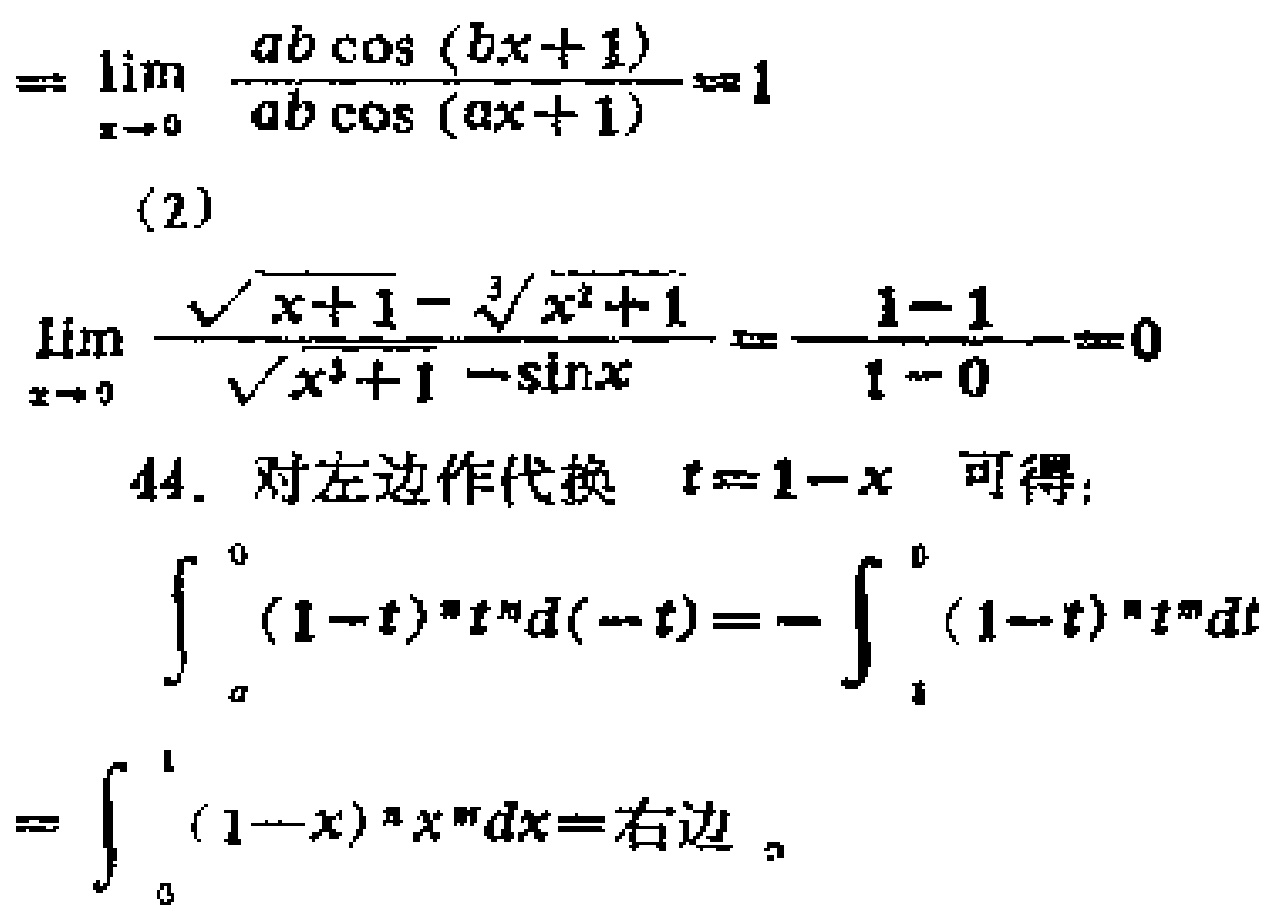
\[
\begin{align*}
&=\lim_{x \to 0} \frac{ab\cos(bx + 1)}{ab\cos(ax + 1)} = 1\\
&(2)\\
&\lim_{x \to 0} \frac{\sqrt{x + 1}-\sqrt[3]{x^{2}+1}}{\sqrt{x^{3}+1}-\sin x}=\frac{1 - 1}{1-0}=0\\
&44.\text{ 对左边作代换 }t = 1 - x\text{ 可得：}\\
&\int_{a}^{0}(1 - t)^{n}t^{m}d(-t)=-\int_{a}^{0}(1 - t)^{n}t^{m}dt\\
&=\int_{0}^{1}(1 - x)^{n}x^{m}dx=\text{右边}
\end{align*}
\]